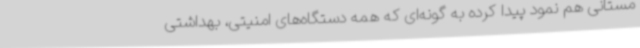
مستانی هم نمود پیدا کرده به گونه‌ای که همه دستگاه‌های امنیتی، بهداشتی